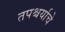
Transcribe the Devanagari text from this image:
तपश्चर्याचे